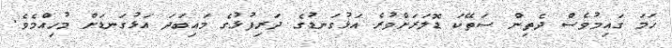
ހަމަ ގައިމުވެސް ދެތިން ސަތޭކަ ޑޮލަރަށްވުރެ އަޅުގަނޑުގެ ދަރިފުޅުގެ މައިބަދަ އަޅުގަނޑަށް މުހިއްމެވެ.